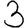
Digit: 3